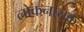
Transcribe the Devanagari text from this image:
लोकनायक